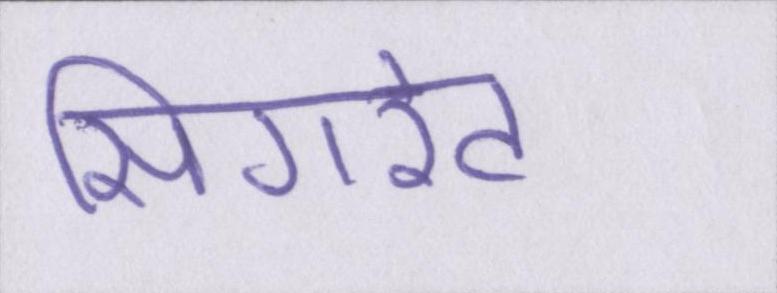
सिगरेट